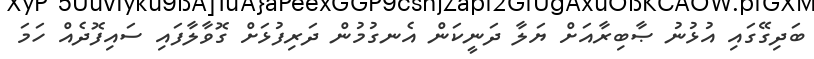
ބަދިގޭގައި އުޅުނު ޞާބިރާއަށް ޔަލާ ދަނީކަން އެނގުމުން ދަރިފުޅަށް ގޮވާލާފައި ސައިފޮދެއް ހަމަ